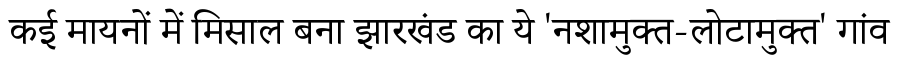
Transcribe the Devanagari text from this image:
कई मायनों में मिसाल बना झारखंड का ये 'नशामुक्त-लोटामुक्त' गांव